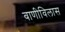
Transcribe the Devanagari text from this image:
वाणीविलास